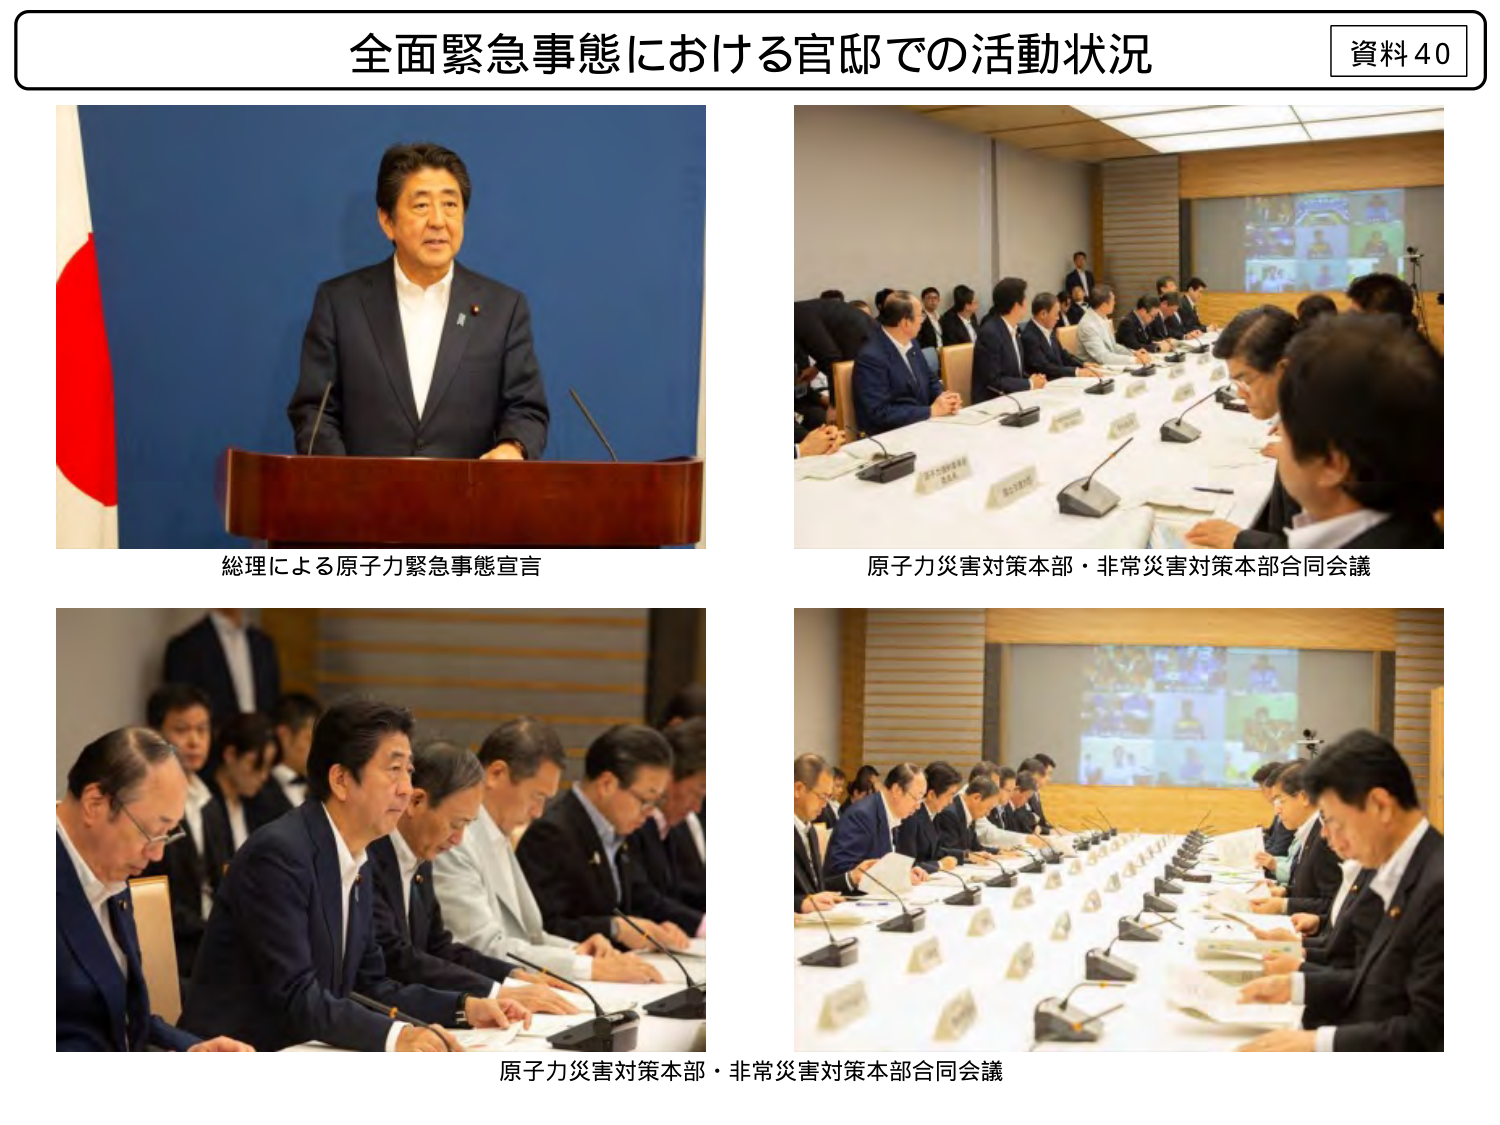
全面緊急事態における官邸での活動状況
資料40

総理による原子力緊急事態宣言
原子力災害対策本部・非常災害対策本部合同会議
原子力災害対策本部・非常災害対策本部合同会議